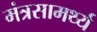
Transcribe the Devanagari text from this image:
मंत्रसामर्थ्य